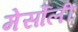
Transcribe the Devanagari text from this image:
मेर्सोली